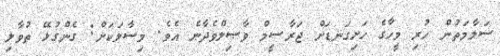
ސަލާމަތުން ހުރި މީހާގެ ހަށިގަނޑަށް ޖަރާސީމް ވާޞިލްވެދާނެ އެވެ. މިސާލަކަށް: ގެންގުޅޭ ތުވާލި